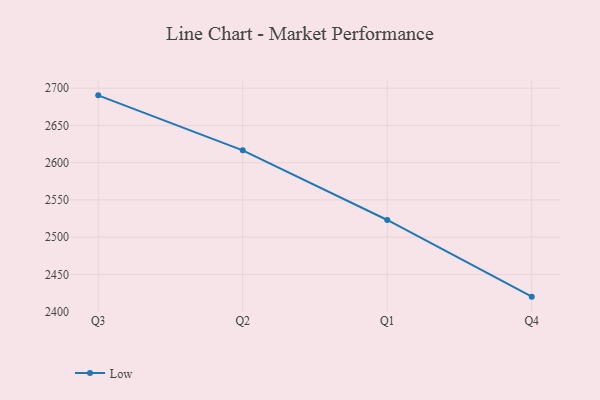
{"axis": {"x": "Quarter", "y": "Conversion Rate (%)"}, "legend": ["Low"], "data": [{"x": "Q3", "y": 2690.4, "type": "Low"}, {"x": "Q2", "y": 2616.6, "type": "Low"}, {"x": "Q1", "y": 2523.1, "type": "Low"}, {"x": "Q4", "y": 2420.2, "type": "Low"}]}